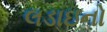
લડાઇનો